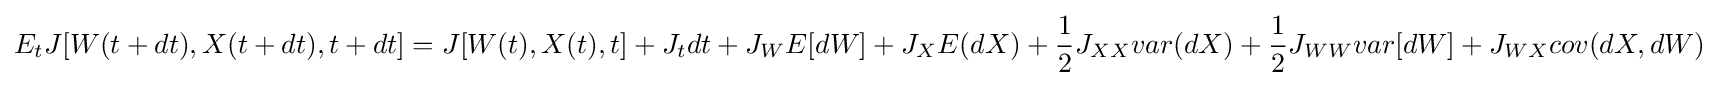
E_{t}J[W(t+dt),X(t+dt),t+dt]=J[W(t),X(t),t]+J_{t}dt+J_{W}E[dW]+J_{X}E(dX)+{\frac {1}{2}}J_{XX}var(dX)+{\frac {1}{2}}J_{WW}var[dW]+J_{WX}cov(dX,dW)